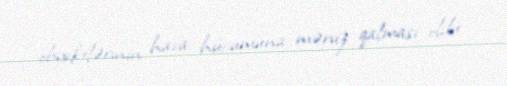
obyektlərinin hava hücumuna məruz qalması oldu.